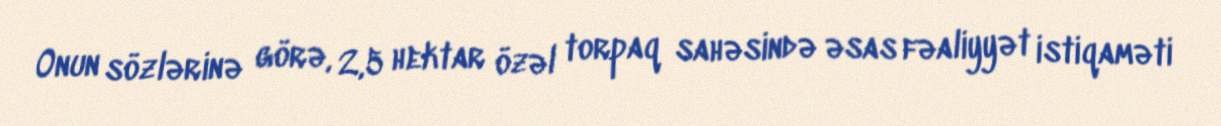
Onun sözlərinə görə, 2,5 hektar özəl torpaq sahəsində əsas fəaliyyət istiqaməti